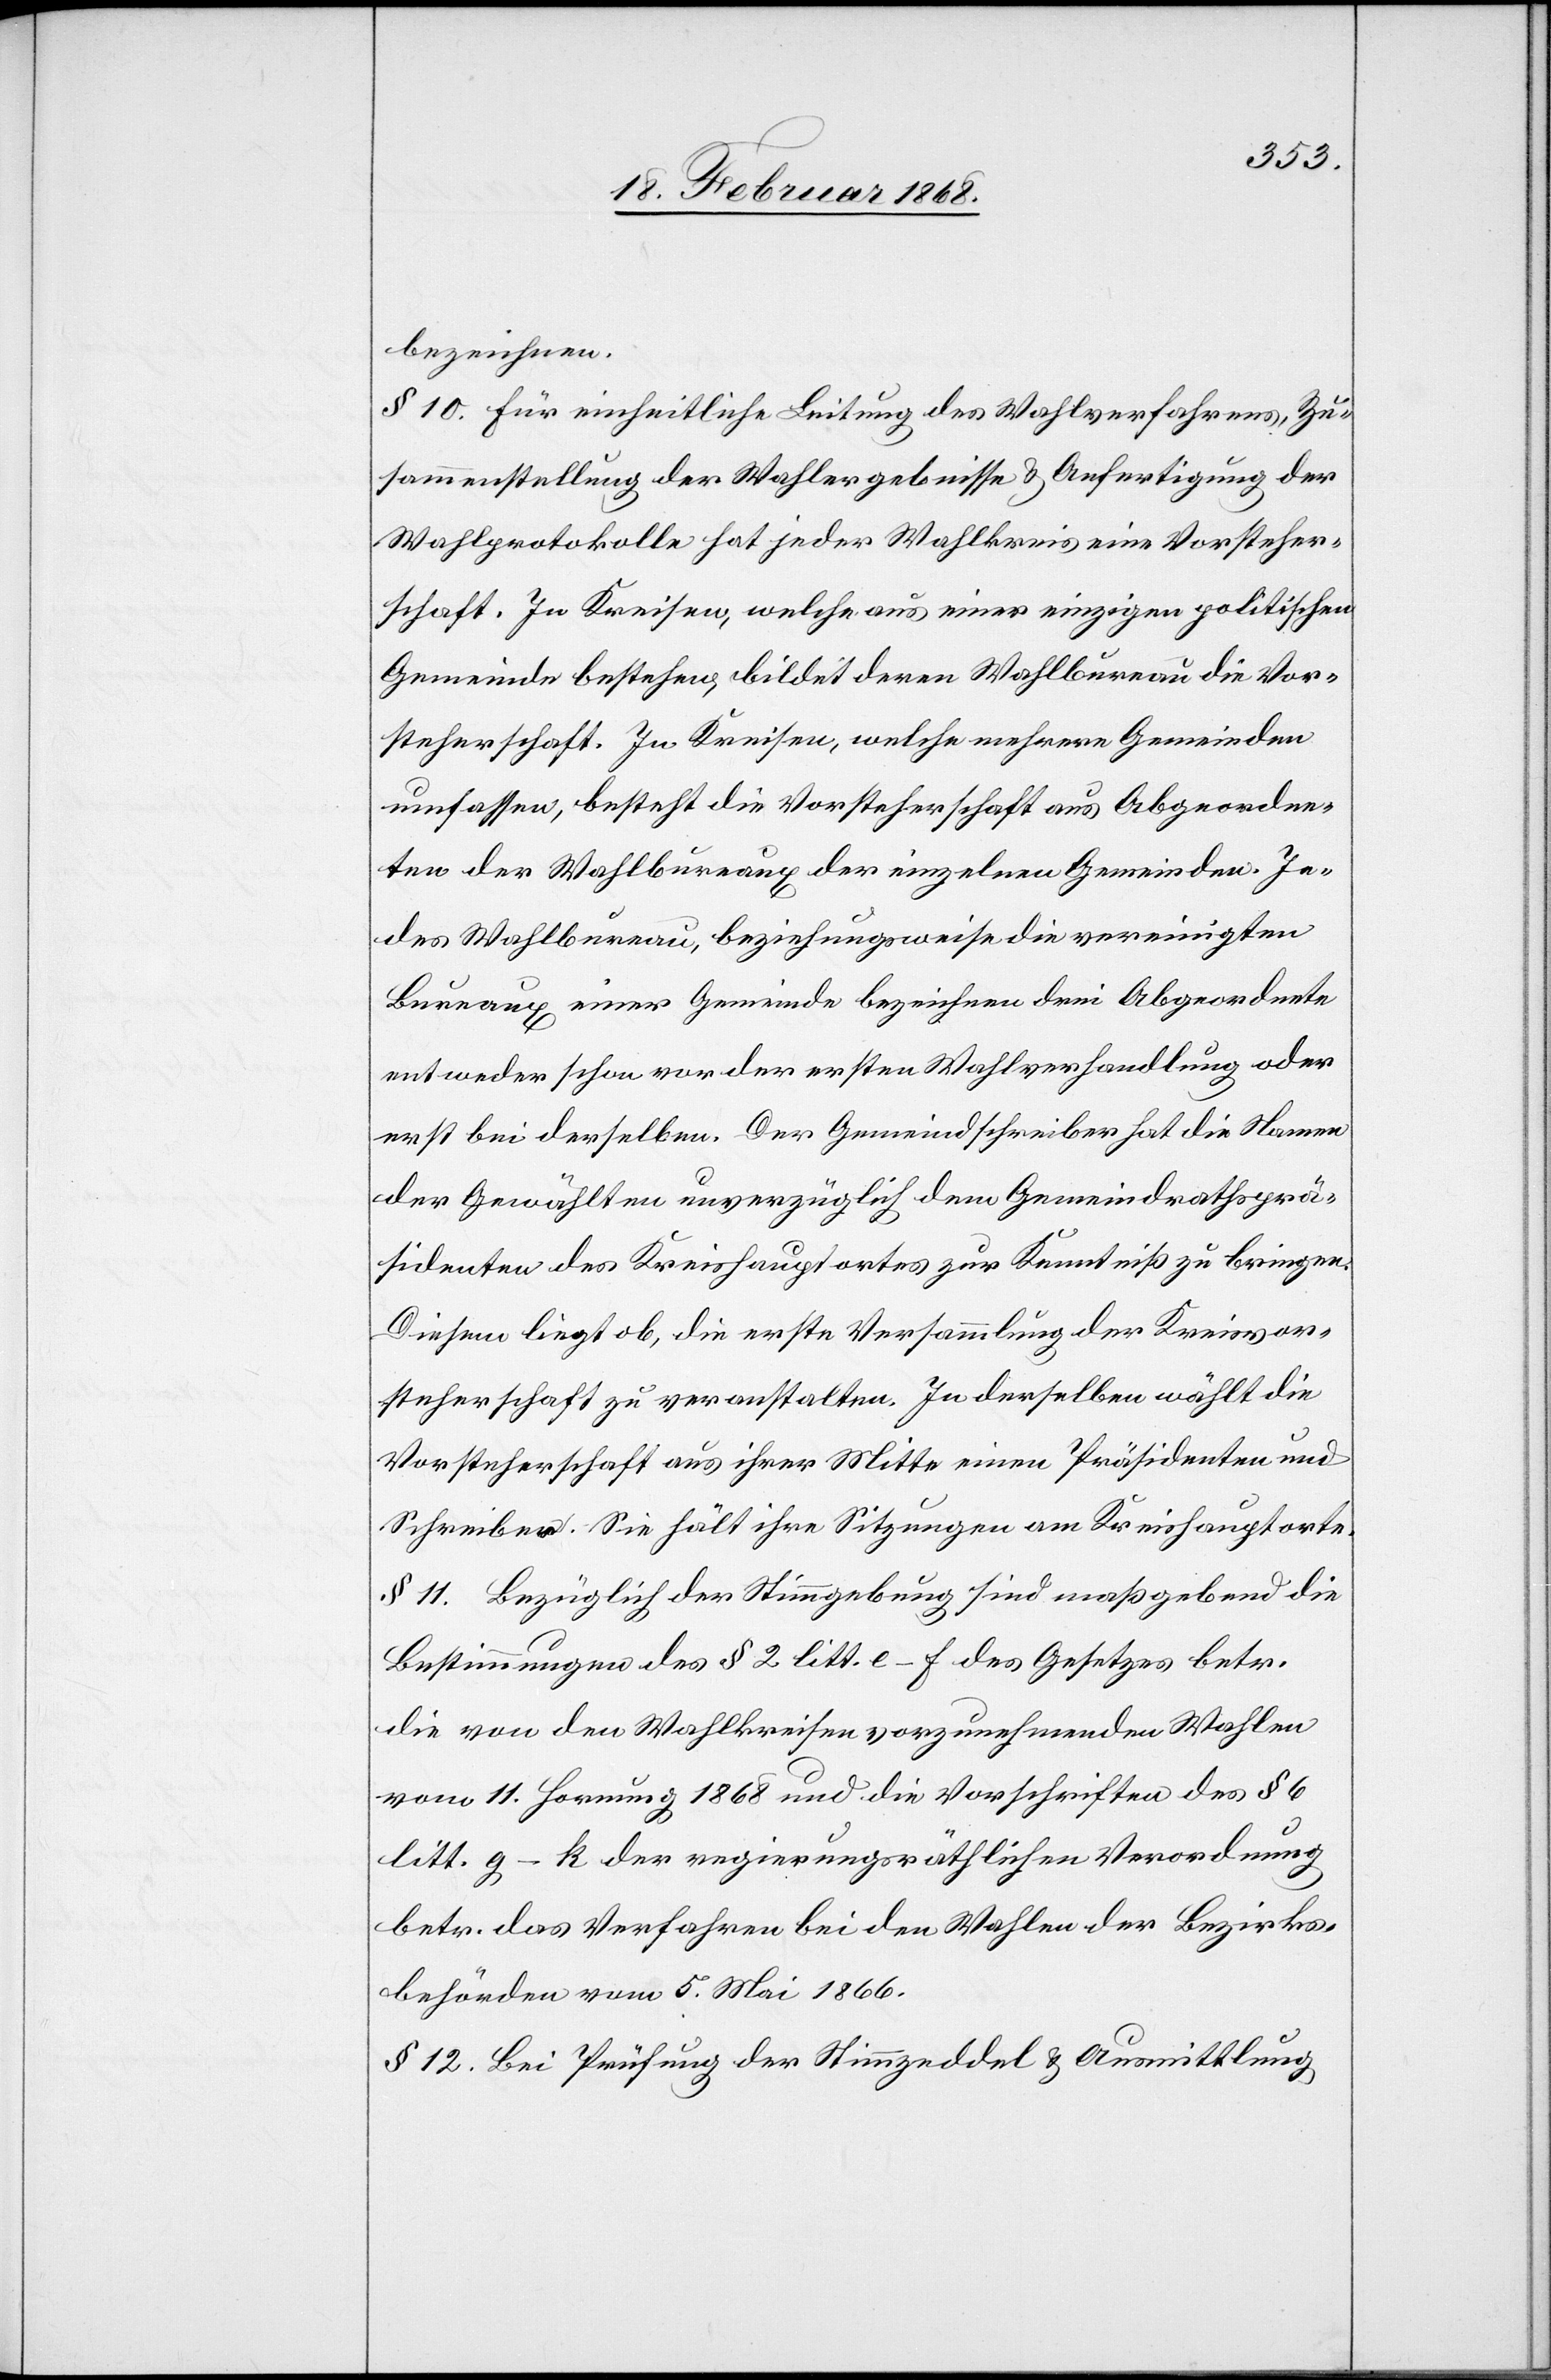
bezeichnen.
§ 10. Für einheitliche Leitung des Wahlverfahrens, Zu¬
sammenstellung der Wahlergebnisse & Anfertigung der
Wahlprotokolle hat jeder Wahlkreis eine Vorsteher¬
schaft. In Kreisen, welche aus einer einzigen politischen
Gemeinde bestehen, bildet deren Wahlbureau die Vor¬
steherschaft. In Kreisen, welche mehrere Gemeinden
umfassen, besteht die Vorsteherschaft aus Abgeordne¬
ten der Wahlbureaux der einzelnen Gemeinden. Je¬
des Wahlbureau, beziehungsweise die vereinigten
Bureaux einer Gemeinde bezeichnen drei Abgeordnete
entweder schon vor der ersten Wahlverhandlung oder
erst bei derselben. Der Gemeindschreiber hat die Namen
der Gewählten unverzüglich dem Gemeindrathsprä¬
sidenten des Kreishauptortes zur Kenntniß zu bringen.
Diesem liegt ob, die erste Versammlung der Kreisvor¬
steherschaft zu veranstalten. In derselben wählt die
Vorsteherschaft aus ihrer Mitte einen Präsidenten und
Schreiber. Sie hält ihre Sitzungen am Kreishauptorte.
§ 11. Bezüglich der Stimmgebung sind maßgebend die
Bestimmungen des § 2 litt. e–f des Gesetzes betr.
die von den Wahlkreisen vorzunehmenden Wahlen
vom 11. Hornung 1868 und die Vorschriften des § 6
litt. g–k der regierungsräthlichen Verordnung
betr. das Verfahren bei den Wahlen der Bezirks¬
behörden vom 5. Mai 1866.
§ 12. Bei Prüfung der Stimmzeddel & Ausmittlung